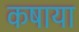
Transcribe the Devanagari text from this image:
कषाया